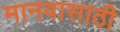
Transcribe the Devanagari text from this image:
मानवासाठी